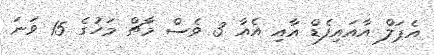
އެޕަލް އާއައިފެޑް އާއި އެއާ 3 ވެސް މާޗް މަހުގެ 15 ވަނަ